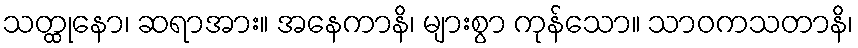
သတ္ထုနော၊ ဆရာအား။ အနေကာနိ၊ များစွာ ကုန်သော။ သာဝကသတာနိ၊